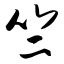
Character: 竺